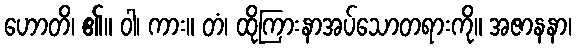
ဟောတိ၊ ၏။ ဝါ၊ ကား။ တံ၊ ထိုကြားနာအပ်သောတရားကို။ အဇာနနာ၊